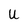
Character: U